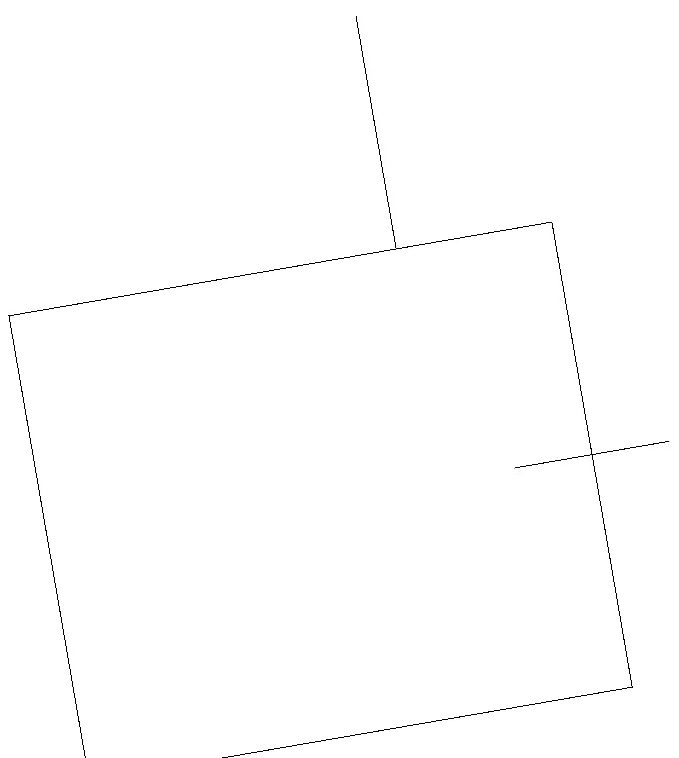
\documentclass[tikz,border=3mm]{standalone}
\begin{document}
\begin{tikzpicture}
\draw (6,19) rectangle (6,16);
\draw (8,10) rectangle (1,16);
\draw (9,13) rectangle (7,13);
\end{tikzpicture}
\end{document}